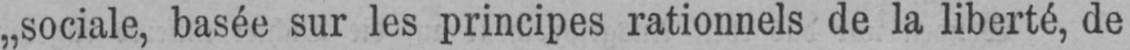
„sociale, basée sur les principes rationnels de la liberté, de